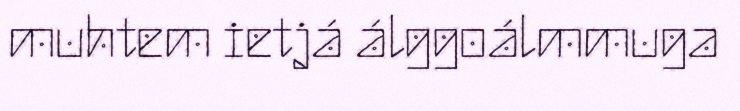
muhtem ietjá álggoálmmuga